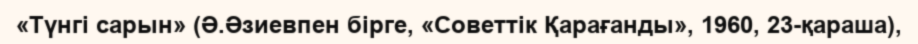
«Түнгі сарын» (Ә.Әзиевпен бірге, «Советтік Қарағанды», 1960, 23-қараша),